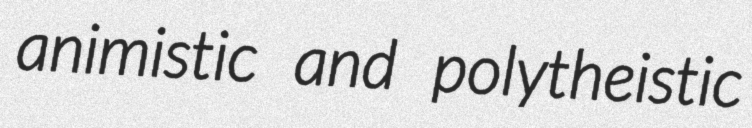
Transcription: animistic and polytheistic